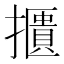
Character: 𢷴